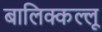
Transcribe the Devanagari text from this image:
बालिक्कल्लू